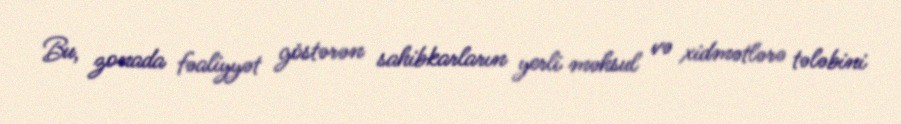
Bu, zonada fəaliyyət göstərən sahibkarların yerli məhsul və xidmətlərə tələbini